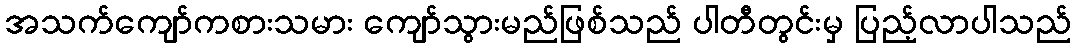
အသက်ကျော်ကစားသမား ကျော်သွားမည်ဖြစ်သည် ပါတီတွင်းမှ ပြည့်လာပါသည်